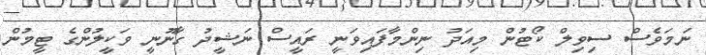
ނަމަވެސް ސިވިލް ކޯޓުން މިއަދު ނިންމާފައިވަނީ ރައީސް ނަޝީދު ގާނޫނީ ވަކީލުންގެ ޓީމުން